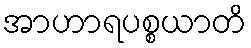
အာဟာရပစ္စယာတိ